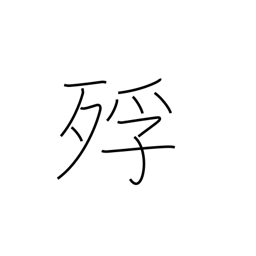
Meaning: dying of starvation